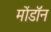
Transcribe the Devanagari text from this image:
मोंडॉन